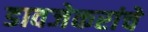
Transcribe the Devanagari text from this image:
डावजेकरांचे